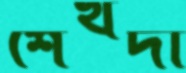
শেখদী